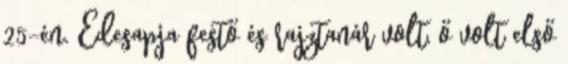
25-én. Édesapja festő és rajztanár volt, ő volt első